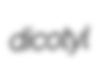
dicotyl